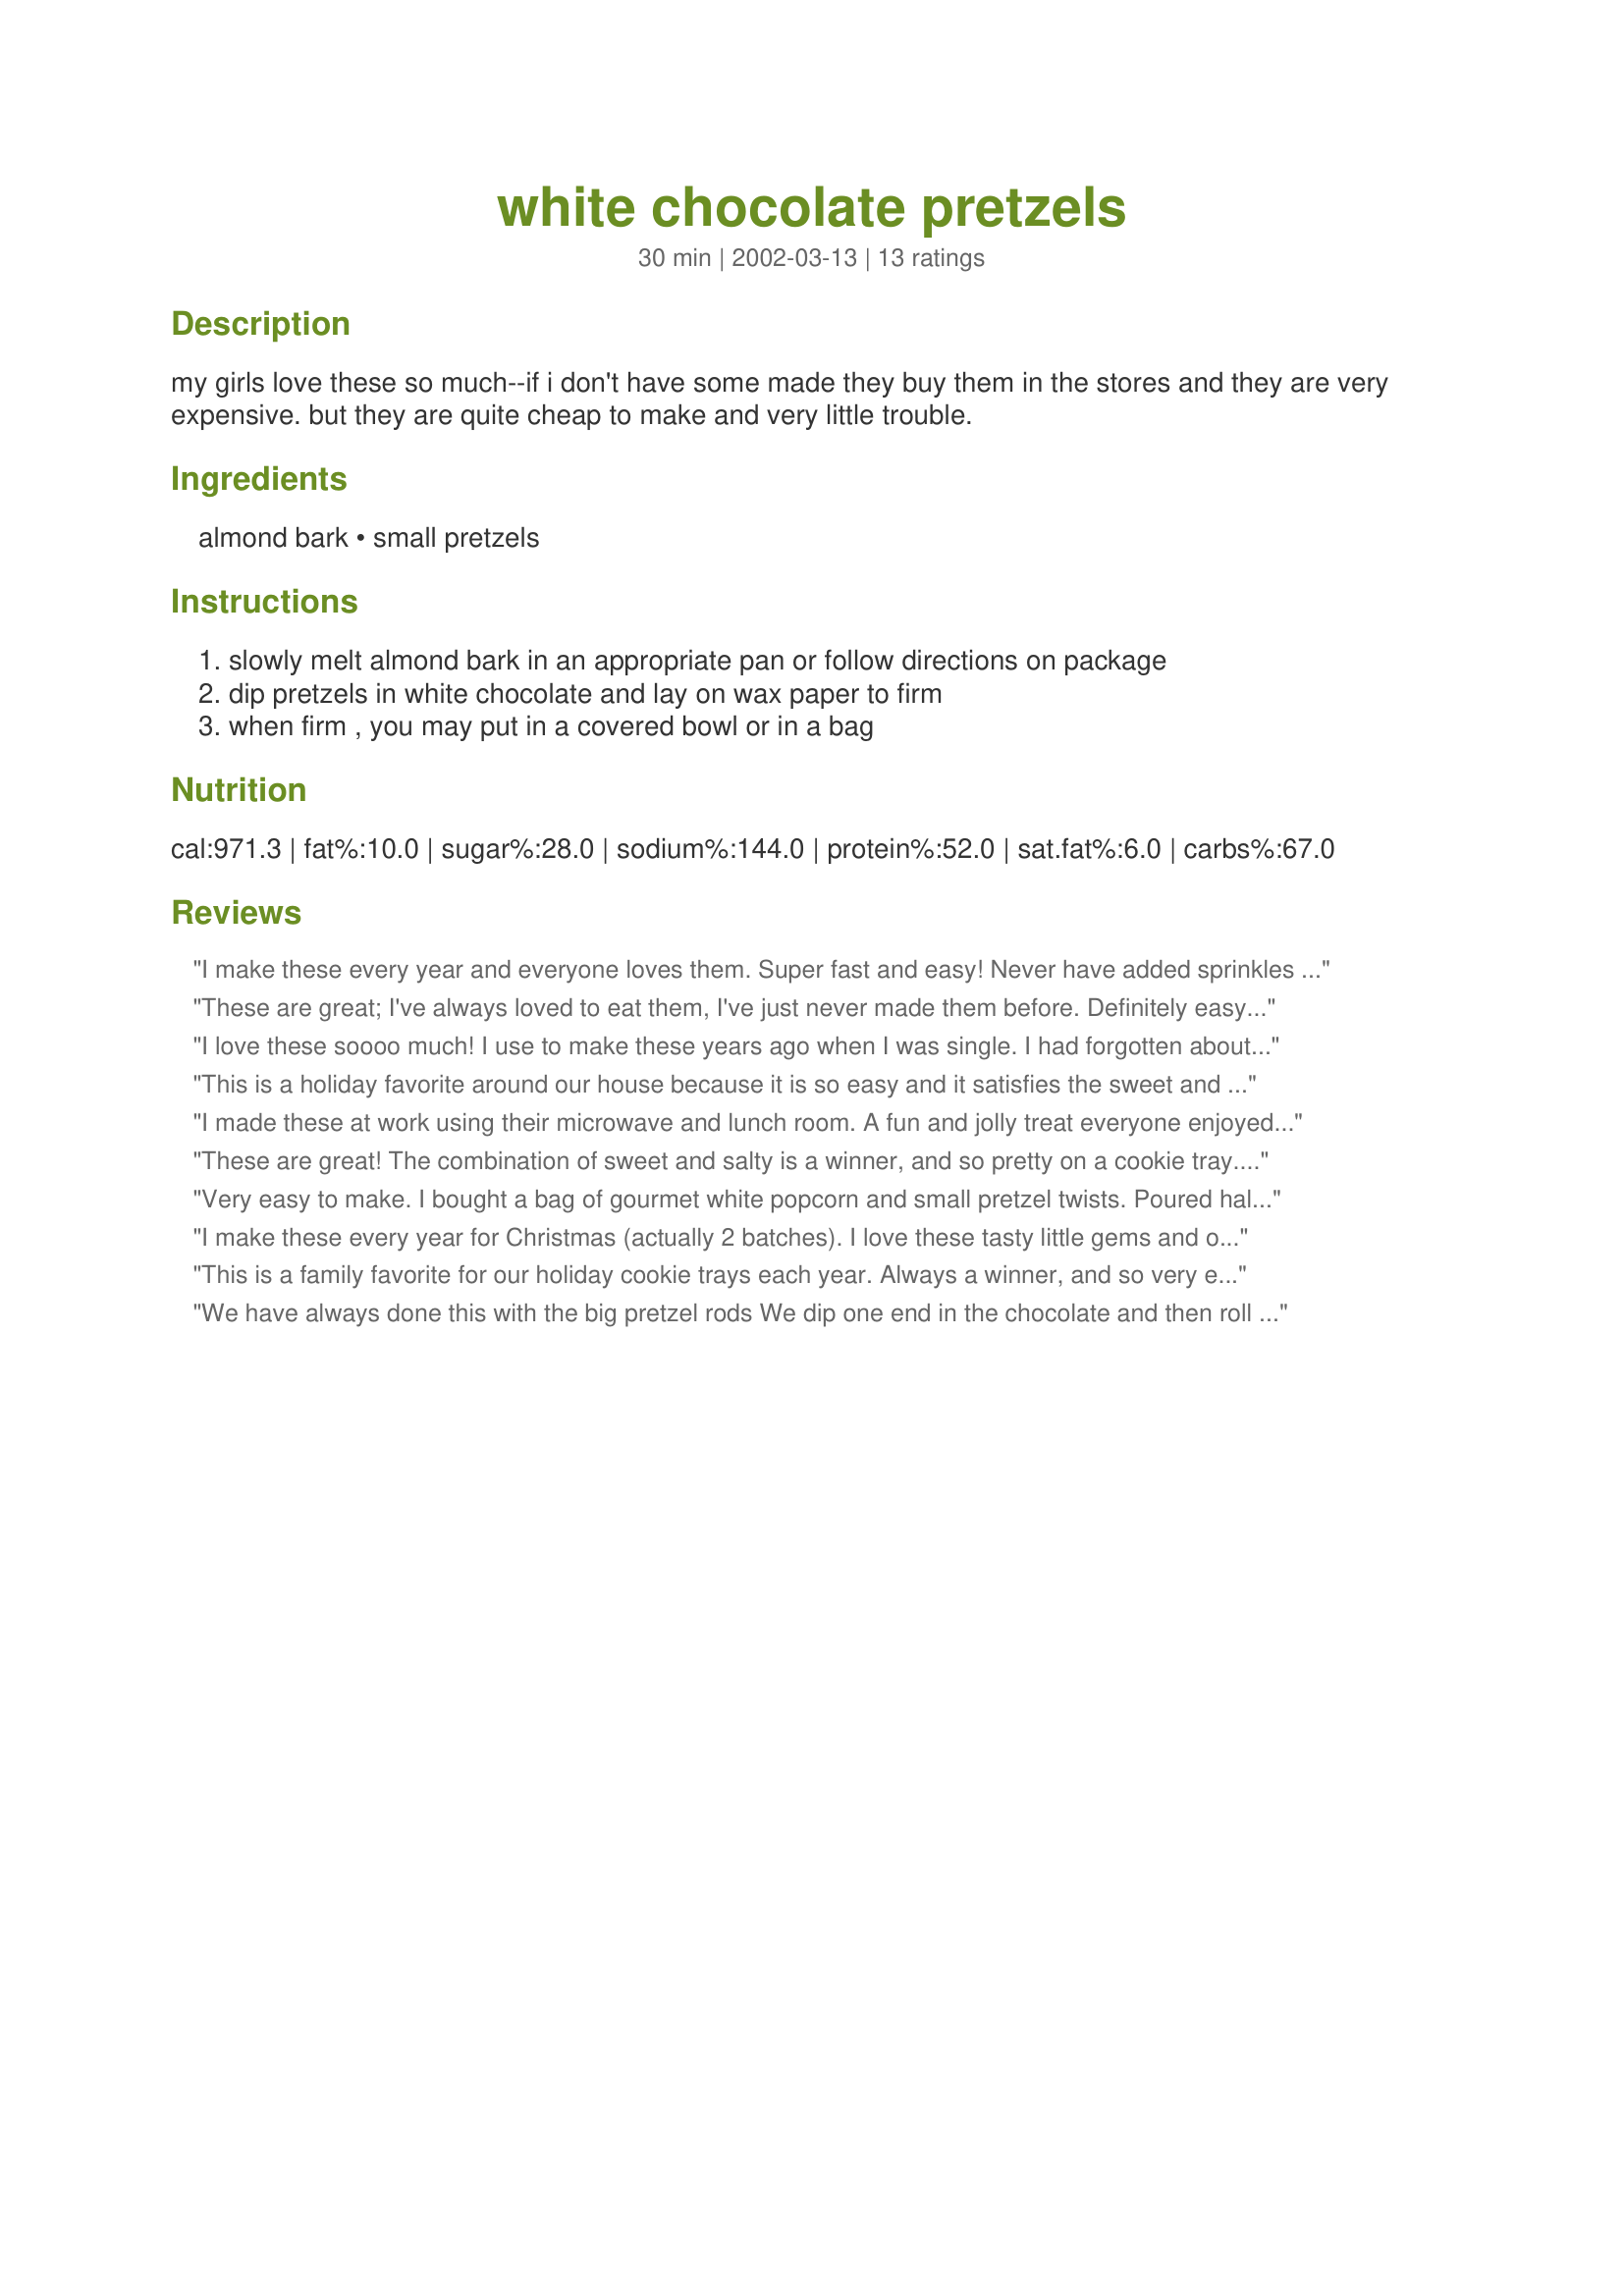
white chocolate pretzels
Preparation time: 30 minutes

my girls love these so much--if i don't have some made they buy them in the stores and they are very expensive. but they are quite cheap to make and very little trouble.

Ingredients:
almond bark, small pretzels

Steps:
slowly melt almond bark in an appropriate pan or follow directions on package, dip pretzels in white chocolate and lay on wax paper to firm, when firm , you may put in a covered bowl or in a bag

Reviews:
I make these every year and everyone loves them. Super fast and easy! Never have added sprinkles to them, but will from now on! Thanks!
These are great; I've always loved to eat them, I've just never made them before.
Definitely easy to put together, just slightly time consuming. I found it easier to dip half the pretzel for the entire batch, then go back and dip the other half after the first half set.
I love these soooo much! I use to make these years ago when I was single. I had forgotten about them until recenlty and thought I'd make them to put on a cookie platter I'm making for an event on Saturday. I added some Christmas sprinkles to make them festive.
This is a holiday favorite around our house because it is so easy and it satisfies the sweet and salty taste we all love. I often will spriknle with some colored sugar or candy sprinkles before the almond bark hardens. It makes them quite colorful!

I made these at work using their microwave and lunch room. A fun and jolly treat everyone enjoyed. Super quick to make if you aren't too fussy. I'd melt the bark in the microwave and just dip the pretzels in by fork. Then place onto a coated paper plate with or without wax paper. Most would be gone before I could sprinkle sparkles onto them. And look for the wonderful different shapes of pretzels. Trees this time of year and squares are cute even. Trees are my favorite all year round due to living in far NW Montana right among them. A pine cone shape would be fun too but never saw one. Any pretzel pretty much works except the huge sizes. Make some in chocolate too. Or half and half. A dash of green food color to the white bark for tree shaped ones add some holiday zip. Thanks for sharing Darlene
These are great! The combination of sweet and salty is a winner, and so pretty on a cookie tray. They are so easy, I made 3 trayfulls when I was on the phone! Thanks!
Very easy to make. I bought a bag of gourmet white popcorn and small pretzel twists. Poured half a bag of the popcorn and pretzels in a large bowl and poured the melted white chocolate over them and stirred well. Spread onto a cookie sheet and let harden...tastes great! Will definitely make these again. :) Thanks Darlene.
I make these every year for Christmas (actually 2 batches). I love these tasty little gems and once you start, you can't stop nibbling. This year I dipped just half the pretzel. I think I like this better. They are not as sweet this way, and much easier to handle.
This is a family favorite for our holiday cookie trays each year. Always a winner, and so very easy.
We have always done this with the big pretzel rods We dip one end in the chocolate and then roll it in nuts or sprinkles. We have given these as gifts for Christmas.
I love to make these around Christmas time for teachers, neighbors, babysitters,etc. I put the red and green sugar sprinkles on them. OH SO YUMMY!!!!!!!
I did it like nurselinda ut with peanuts (an old family favorite), however this past x-mas we did it with Newmans Pretzal's, Ghirihdalli chocolate and Virginia Diner Peanuts. It just shows to prove the better the ingredients the better the outcome.
These are so pretty and easy to make! I used white melting chips because I couldn't find almond bark. I used sprinkles on them so they looked festive for Christmas. I layed them on foil since waxed paper can sometimes stick. I also dipped them in milk chocolate. Thanks for the recipe!
